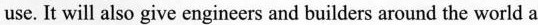
use. It will also give engineers and builders around the world a